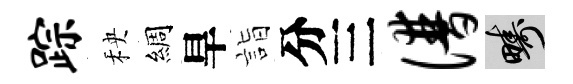
踪秧綢旱詣分三谱疇